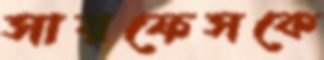
সারফেসকে